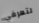
لتعرفي